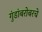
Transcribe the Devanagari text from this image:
गुंडांबरोबरचे